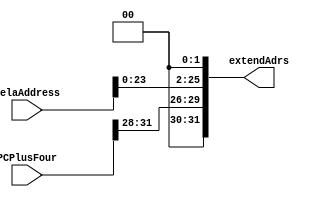
`timescale 1ns / 1ps
module jumpShifter (extendAdrs, relaAddress, PCPlusFour);
	output [31:0] extendAdrs;
	input [25:0] relaAddress;
	input [31:0] PCPlusFour;

	assign extendAdrs = {PCPlusFour[31:28],relaAddress << 2};
endmodule